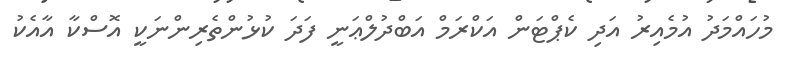
މުހައްމަދު އުމެއިރު އަދި ކެޕްޓަން އަކްރަމް އަބްދުލްޢަނީ ފަދަ ކުޅުންތެރިންނަކީ އޮސްކާ އާއެކު